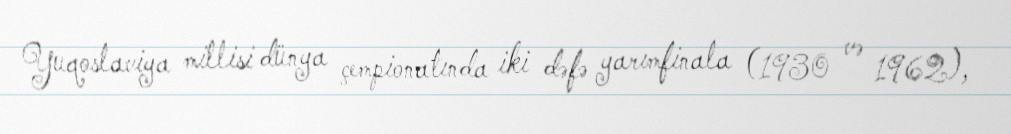
Yuqoslaviya millisi dünya çempionatında iki dəfə yarımfinala (1930 və 1962),